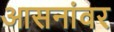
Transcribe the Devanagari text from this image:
आसनांवर